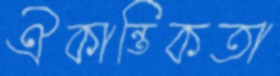
ঐকান্তিকতা